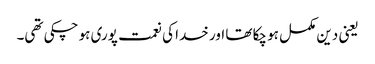
یعنی دین مکمل ہو چکا تھا اور خدا کی نعمت پوری ہو چکی تھی۔